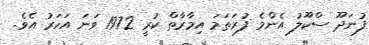
ފުނަދޫ ސްކޫލު އެންމެ ފުރަތަމަ އިމާރާތް ކުރީ 1972 ވަނަ އަހަރު އެވެ.